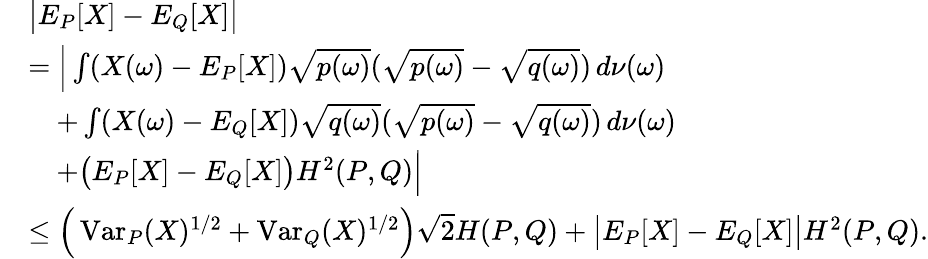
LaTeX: \begin{array}{rl}&{\big|E_{P}[X]-E_{Q}[X]\big|}\\ &{=\Big|\int(X(\omega)-E_{P}[X])\sqrt{p(\omega)}(\sqrt{p(\omega)}-\sqrt{q(\omega)})\, d\nu(\omega)}\\ &{\quad+\int(X(\omega)-E_{Q}[X])\sqrt{q(\omega)}(\sqrt{p(\omega)}-\sqrt{q(\omega)})\, d\nu(\omega)}\\ &{\quad+\big(E_{P}[X]-E_{Q}[X]\big)H^{2}(P,Q)\Big|}\\ &{\leq\Big(\operatorname{Var}_{P}(X)^{1/2}+\operatorname{Var}_{Q}(X)^{1/2}\Big)\sqrt{2}H(P,Q)+\big|E_{P}[X]-E_{Q}[X]\big|H^{2}(P,Q).}\end{array}